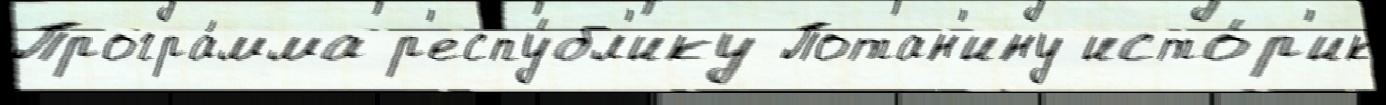
Програ́мма р'еспу́бл'ику Потан'ину исто́р'ик